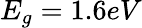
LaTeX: E_{g}=1.6eV